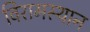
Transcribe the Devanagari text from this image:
विरामस्थान